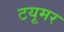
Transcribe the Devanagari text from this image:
टयूमर